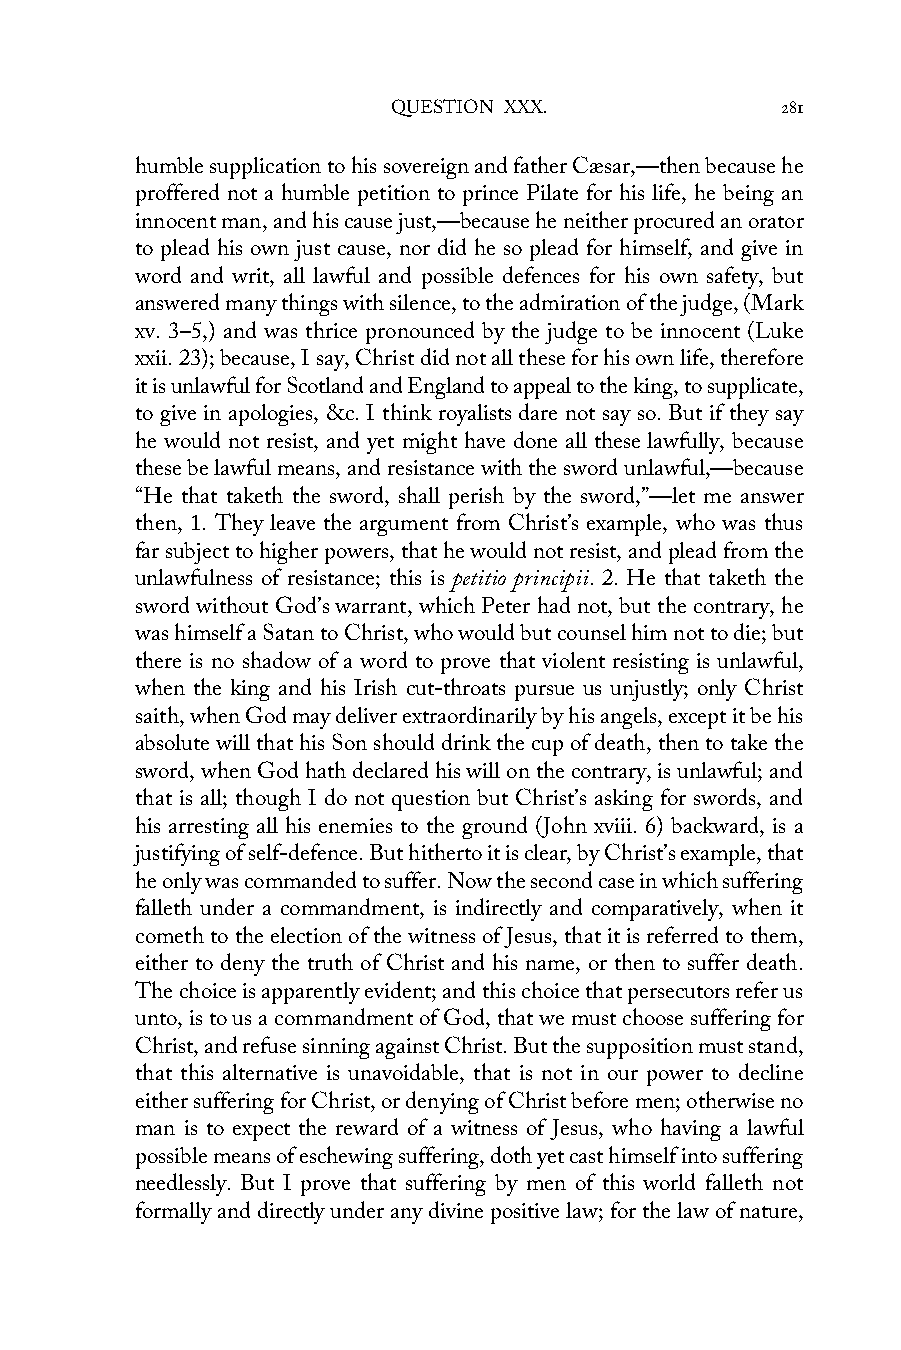
QUESTION XXX.             281
 humble supplication to his sovereign and father Cæsar,—then because he
 proffered not a humble petition to prince Pilate for his life, he being an
 innocent man, and his cause just,—because he neither procured an orator
 to plead his own just cause, nor did he so plead for himself, and give in
 word and writ, all lawful and possible defences for his own safety, but
 answered many things with silence, to the admiration of the judge, (Mark
 xv. 3–5,) and was thrice pronounced by the judge to be innocent (Luke
 xxii. 23); because, I say, Christ did not all these for his own life, therefore
 it is unlawful for Scotland and England to appeal to the king, to supplicate,
 to give in apologies, &c. I think royalists dare not say so. But if they say
 he would not resist, and yet might have done all these lawfully, because
 these be lawful means, and resistance with the sword unlawful,—because
 “He that taketh the sword, shall perish by the sword,”—let me answer
 then, 1. They leave the argument from Christ’s example, who was thus
 far subject to higher powers, that he would not resist, and plead from the
 unlawfulness of resistance; this is petitio principii. 2. He that taketh the
 sword without God’s warrant, which Peter had not, but the contrary, he
 was himself a Satan to Christ, who would but counsel him not to die; but
 there is no shadow of a word to prove that violent resisting is unlawful,
 when the king and his Irish cut-throats pursue us unjustly; only Christ
 saith, when God may deliver extraordinarily by his angels, except it be his
 absolute will that his Son should drink the cup of death, then to take the
 sword, when God hath declared his will on the contrary, is unlawful; and
 that is all; though I do not question but Christ’s asking for swords, and
 his arresting all his enemies to the ground (John xviii. 6) backward, is a
 justifying of self-defence. But hitherto it is clear, by Christ’s example, that
 he only was commanded to suffer. Now the second case in which suffering
 falleth under a commandment, is indirectly and comparatively, when it
 cometh to the election of the witness of Jesus, that it is referred to them,
 either to deny the truth of Christ and his name, or then to suffer death.
 The choice is apparently evident; and this choice that persecutors refer us
 unto, is to us a commandment of God, that we must choose suffering for
 Christ, and refuse sinning against Christ. But the supposition must stand,
 that this alternative is unavoidable, that is not in our power to decline
 either suffering for Christ, or denying of Christ before men; otherwise no
 man is to expect the reward of a witness of Jesus, who having a lawful
 possible means of eschewing suffering, doth yet cast himself into suffering
 needlessly. But I prove that suffering by men of this world falleth not
 formally and directly under any divine positive law; for the law of nature,